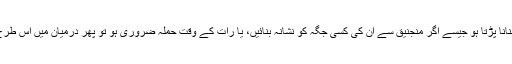
مگر جب جنگ ایسی ہو کہ ان کو نشانہ بنانا پڑتا ہو جیسے اگر منجنیق سے ان کی کسی جگہ کو نشانہ بنائیں، یا رات کے وقت حملہ ضروری ہو تو پھر درمیان میں اس طرح کے لوگ مر جائیں، یہ بھی جائز ہوگا۔